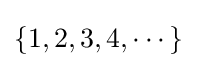
\{1,2,3,4,\cdots \}